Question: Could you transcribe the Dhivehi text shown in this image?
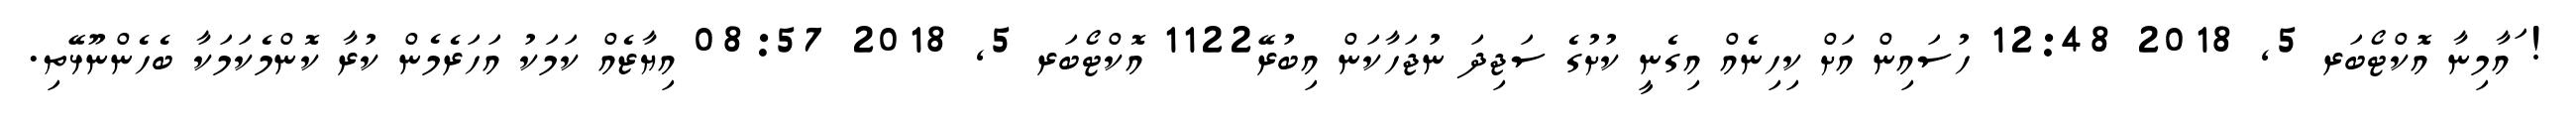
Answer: ! ައާމިނާ އޮކްޓޯބަރ 5, 2018 12:48 ހުސައިން އަށް ކިހިނެއް އިގެނީ ކުށުގެ ސަޖިދަ ނުޖަހާކަން އިބުރޭ1122 އޮކްޓޯބަރ 5, 2018 08:57 އިޔާޒެއް ކަމަކު އަހަރެމެން ކުރާ ކޮންމެކަމަކާ ބެހެންނޫޅޭތި.